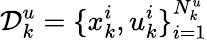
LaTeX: \mathcal{D}_{k}^{u}=\{ x_{k}^{i},u_{k}^{i}\} _{i=1}^{N_{k}^{u}}